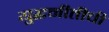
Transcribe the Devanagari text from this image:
युद्धनीतीची